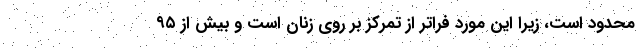
محدود است، زیرا این مورد فراتر از تمرکز بر روی زنان است و بیش از ۹۵